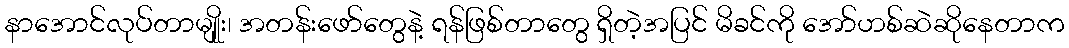
နာအောင်လုပ်တာမျိုုး၊ အတန်းဖော်တွေနဲ့ ရန်ဖြစ်တာတွေ ရှိတဲ့အပြင် မိခင်ကို အော်ဟစ်ဆဲဆိုနေတာက